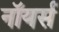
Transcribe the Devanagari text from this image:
नॉयर्स